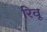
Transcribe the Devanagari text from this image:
रिवू